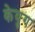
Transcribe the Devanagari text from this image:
केयुग